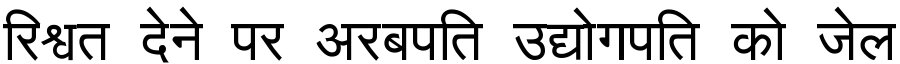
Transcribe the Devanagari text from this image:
रिश्वत देने पर अरबपति उद्योगपति को जेल